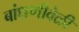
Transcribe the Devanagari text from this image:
बांधणीवेळी